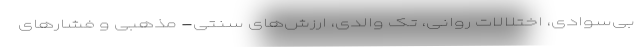
بی‌سوادی، اختلالات روانی، تک والدی، ارزش‌های سنتی- مذهبی و فشارهای